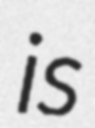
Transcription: is